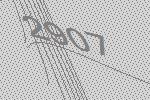
2907